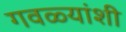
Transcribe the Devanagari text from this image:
गवळ्यांशी